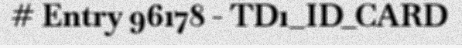
# Entry 96178 - TD1_ID_CARD